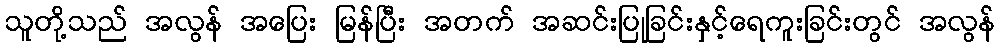
သူတို့သည် အလွန် အပြေး မြန်ပြီး အတက် အဆင်းပြုခြင်းနှင့်ရေကူးခြင်းတွင် အလွန်